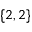
\{ 2 , 2 \}